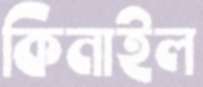
কিনাইল